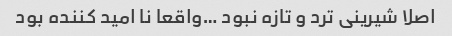
اصلا شیرینی ترد و تازه نبود …واقعا نا امید کننده بود